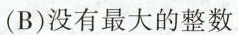
(B)没有最大的整数